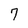
Character: 7